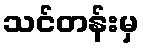
သင်တန်းမှ